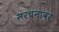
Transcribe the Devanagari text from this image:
संरचनावर